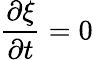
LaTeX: \frac{\partial\xi}{\partial t}=0